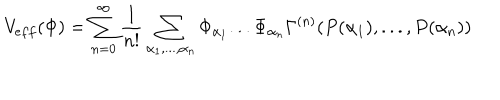
LaTeX: V _ { e f f } ( \Phi ) = \sum _ { n = 0 } ^ { \infty } \frac { 1 } { n ! } \sum _ { \alpha _ { 1 } , . . . , \alpha _ { n } } \Phi _ { \alpha _ { 1 } } . . . \Phi _ { \alpha _ { n } } \Gamma ^ { ( n ) } ( P ( \alpha _ { 1 } ) , . . . , P ( \alpha _ { n } ) )